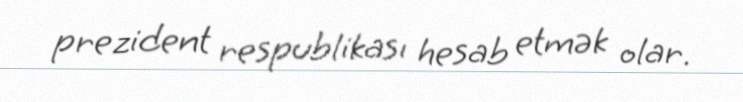
prezident respublikası hesab etmək olar.